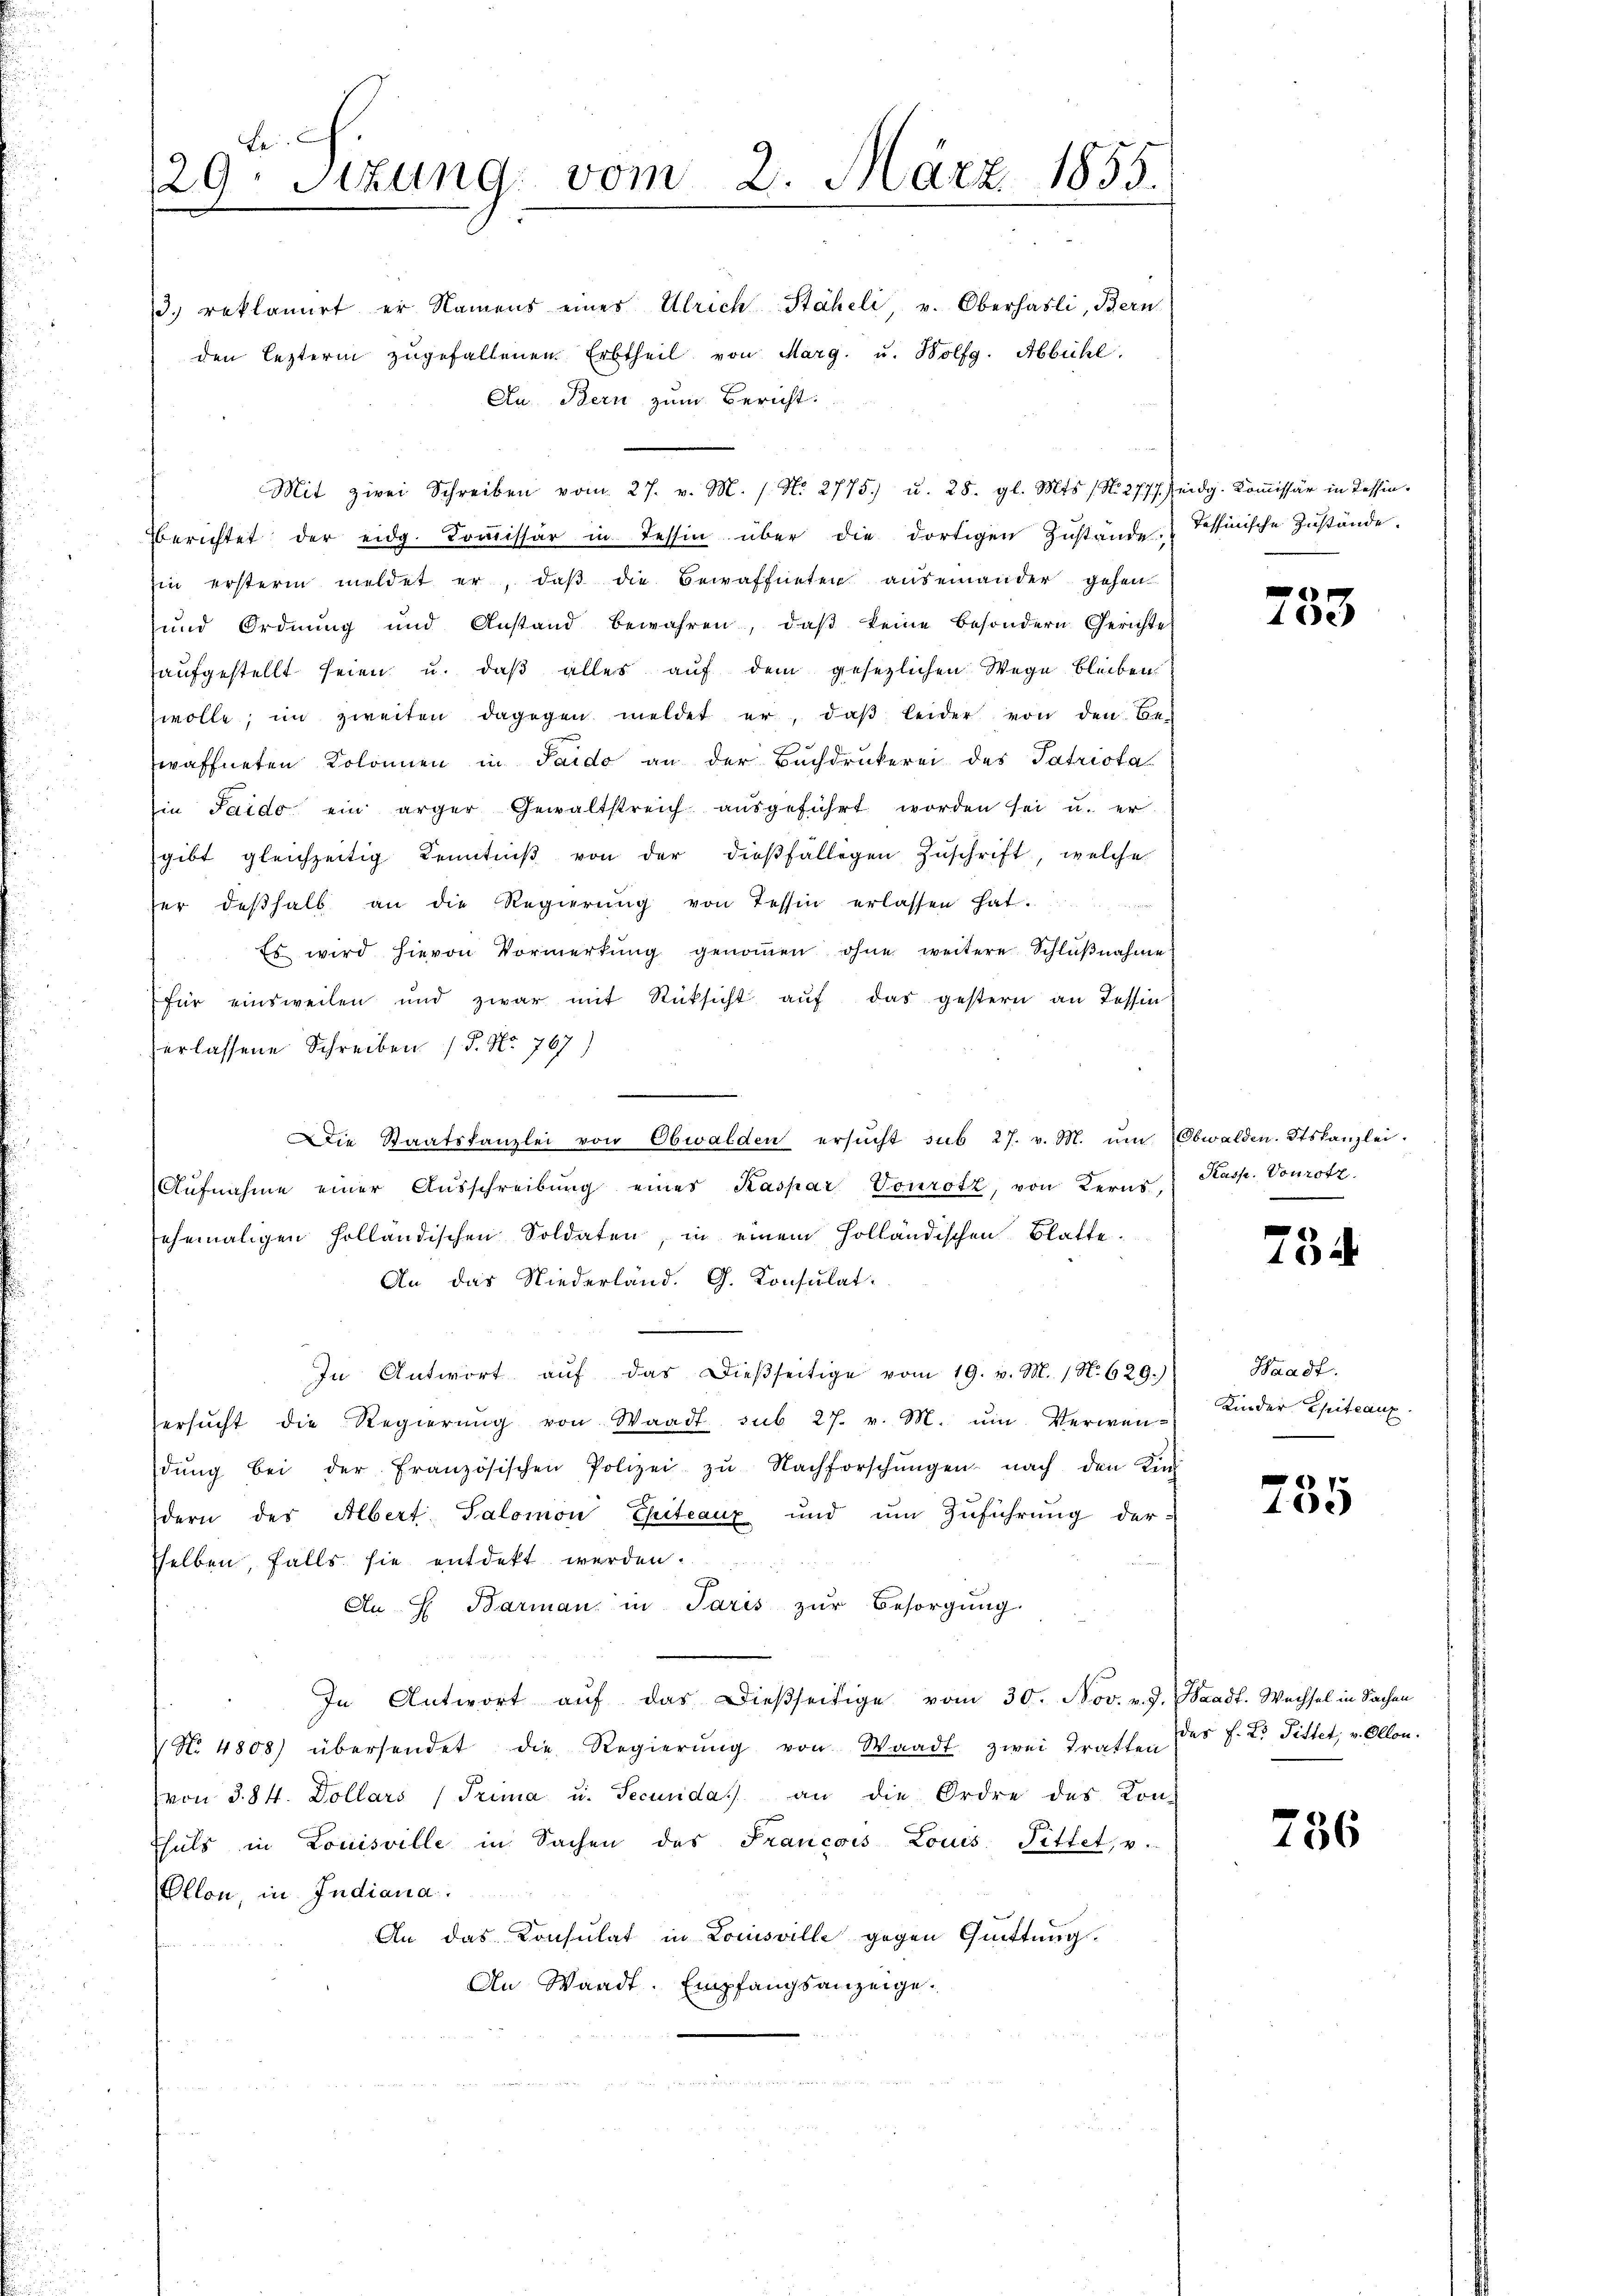
Be
29. Sizung vom 2. März 1855.

3. reklamirt er Namens eines Ulrich-Stäheli, v. Oberhasli, Bern
den lezterm zŭgefallenen Erbtheil von Marg. u. Bolfg. Abbühl.
An Bern zum Bericht.
Berichtet der eidg. Koṁissär in Tessin über die dortigen Zustände Tessinische Zustände.
hin ersterm meldet er, daß die Bewaffneten auseinander gehen
und Ordnung und Anstand bewahren, daβ keine besondern Gerichte
aufgestellt seien u. daß alles auf dem gesezlichen Wege bleiben
wolle, im zweiten dagegen meldet er, daβ leider von den Be-
waffneten Kolonien in Sardo an der Buchdrukerei des Patriota
Ein Saido ein ärger Gewaltstreich aŭsgeführt worden sei u. er
gibt gleichzeitig Kenntniβ von der diesfälligen Zŭschrift, welche
ser deβhalb an die Regierŭng von Tessin erlassen hat.
Es wird hievon Vormerkung genommen ohne weitere Schlußnahme
für einsweilen und zwar mit Rücksicht aŭf das gestern an Tessin
erlassene Schreiben / 5. No. 767)
Die Staatskanzlei von Obwalden ersŭcht sub 27. v. M. ŭm Obwalden-Stskanzlei.
Aŭfnahme einer Aŭsschreibŭng eines Kaspar Vourotz, von Kerns,
ehemaligen holländischen Soldaten, in einem Holländischen Blatte.
An das Niederland. G. Konsulat
In Antwort aŭf das dießseitige vom 19. v. M. 1. No. 629.)
ersŭcht die Regierŭng von Waadt sub 27. v. M. ŭm Verwen-
dŭng bei der französischen Polizei zŭ Nachforschŭngen nach den Kin
dern des Albert, Salomon Chiteaux und ŭm Zŭführung der-
sselben, falls sie entdekt werden.
An H. Barman in Paris zŭr Besorgŭng.
In Antwort aŭf das dießseitige vom 30. Nov. v. J. Waadt. Wechsel in Sachen
No. 4808) übersendet die Regierŭng von Waadt zwei Tratten des F. L. Pittet, v. Ollon.
von § 84. Dollars (Prima u. Secunda an die Ordre des Kon-
Thals in Louisville in Sachen des Francois Louis Pittet, u.
Ellon, in Indiana.
An das Konsulat in Louisville gegen Quittung.
An Waadt. Empfangsanzeige.

Mit zwei Schreiben vom 27. v. M. 1. No. 2775) u. 28. gl. Mts. (N. 2777. Zeidg. Kommissär in Tessin¬

.
e

Kasse. Vonrotz.

734

Waadt.
Kinder Epiteaux

235

756